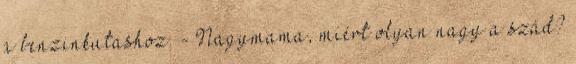
a benzinkutashoz. - Nagymama, miért olyan nagy a szád?